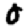
Digit: 0